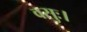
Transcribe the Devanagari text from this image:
वसुः।